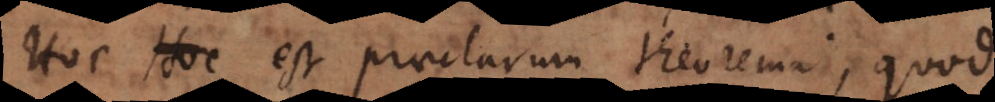
. Hoc est praeclarum theorema, quod